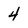
Character: 4